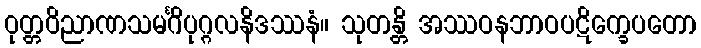
ဝုတ္တဝိညာဏသမင်္ဂိပုဂ္ဂလနိဒဿနံ။ သုတန္တိ အဿဝနဘာဝပဋိက္ခေပတော